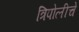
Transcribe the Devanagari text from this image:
त्रिपोलीचे